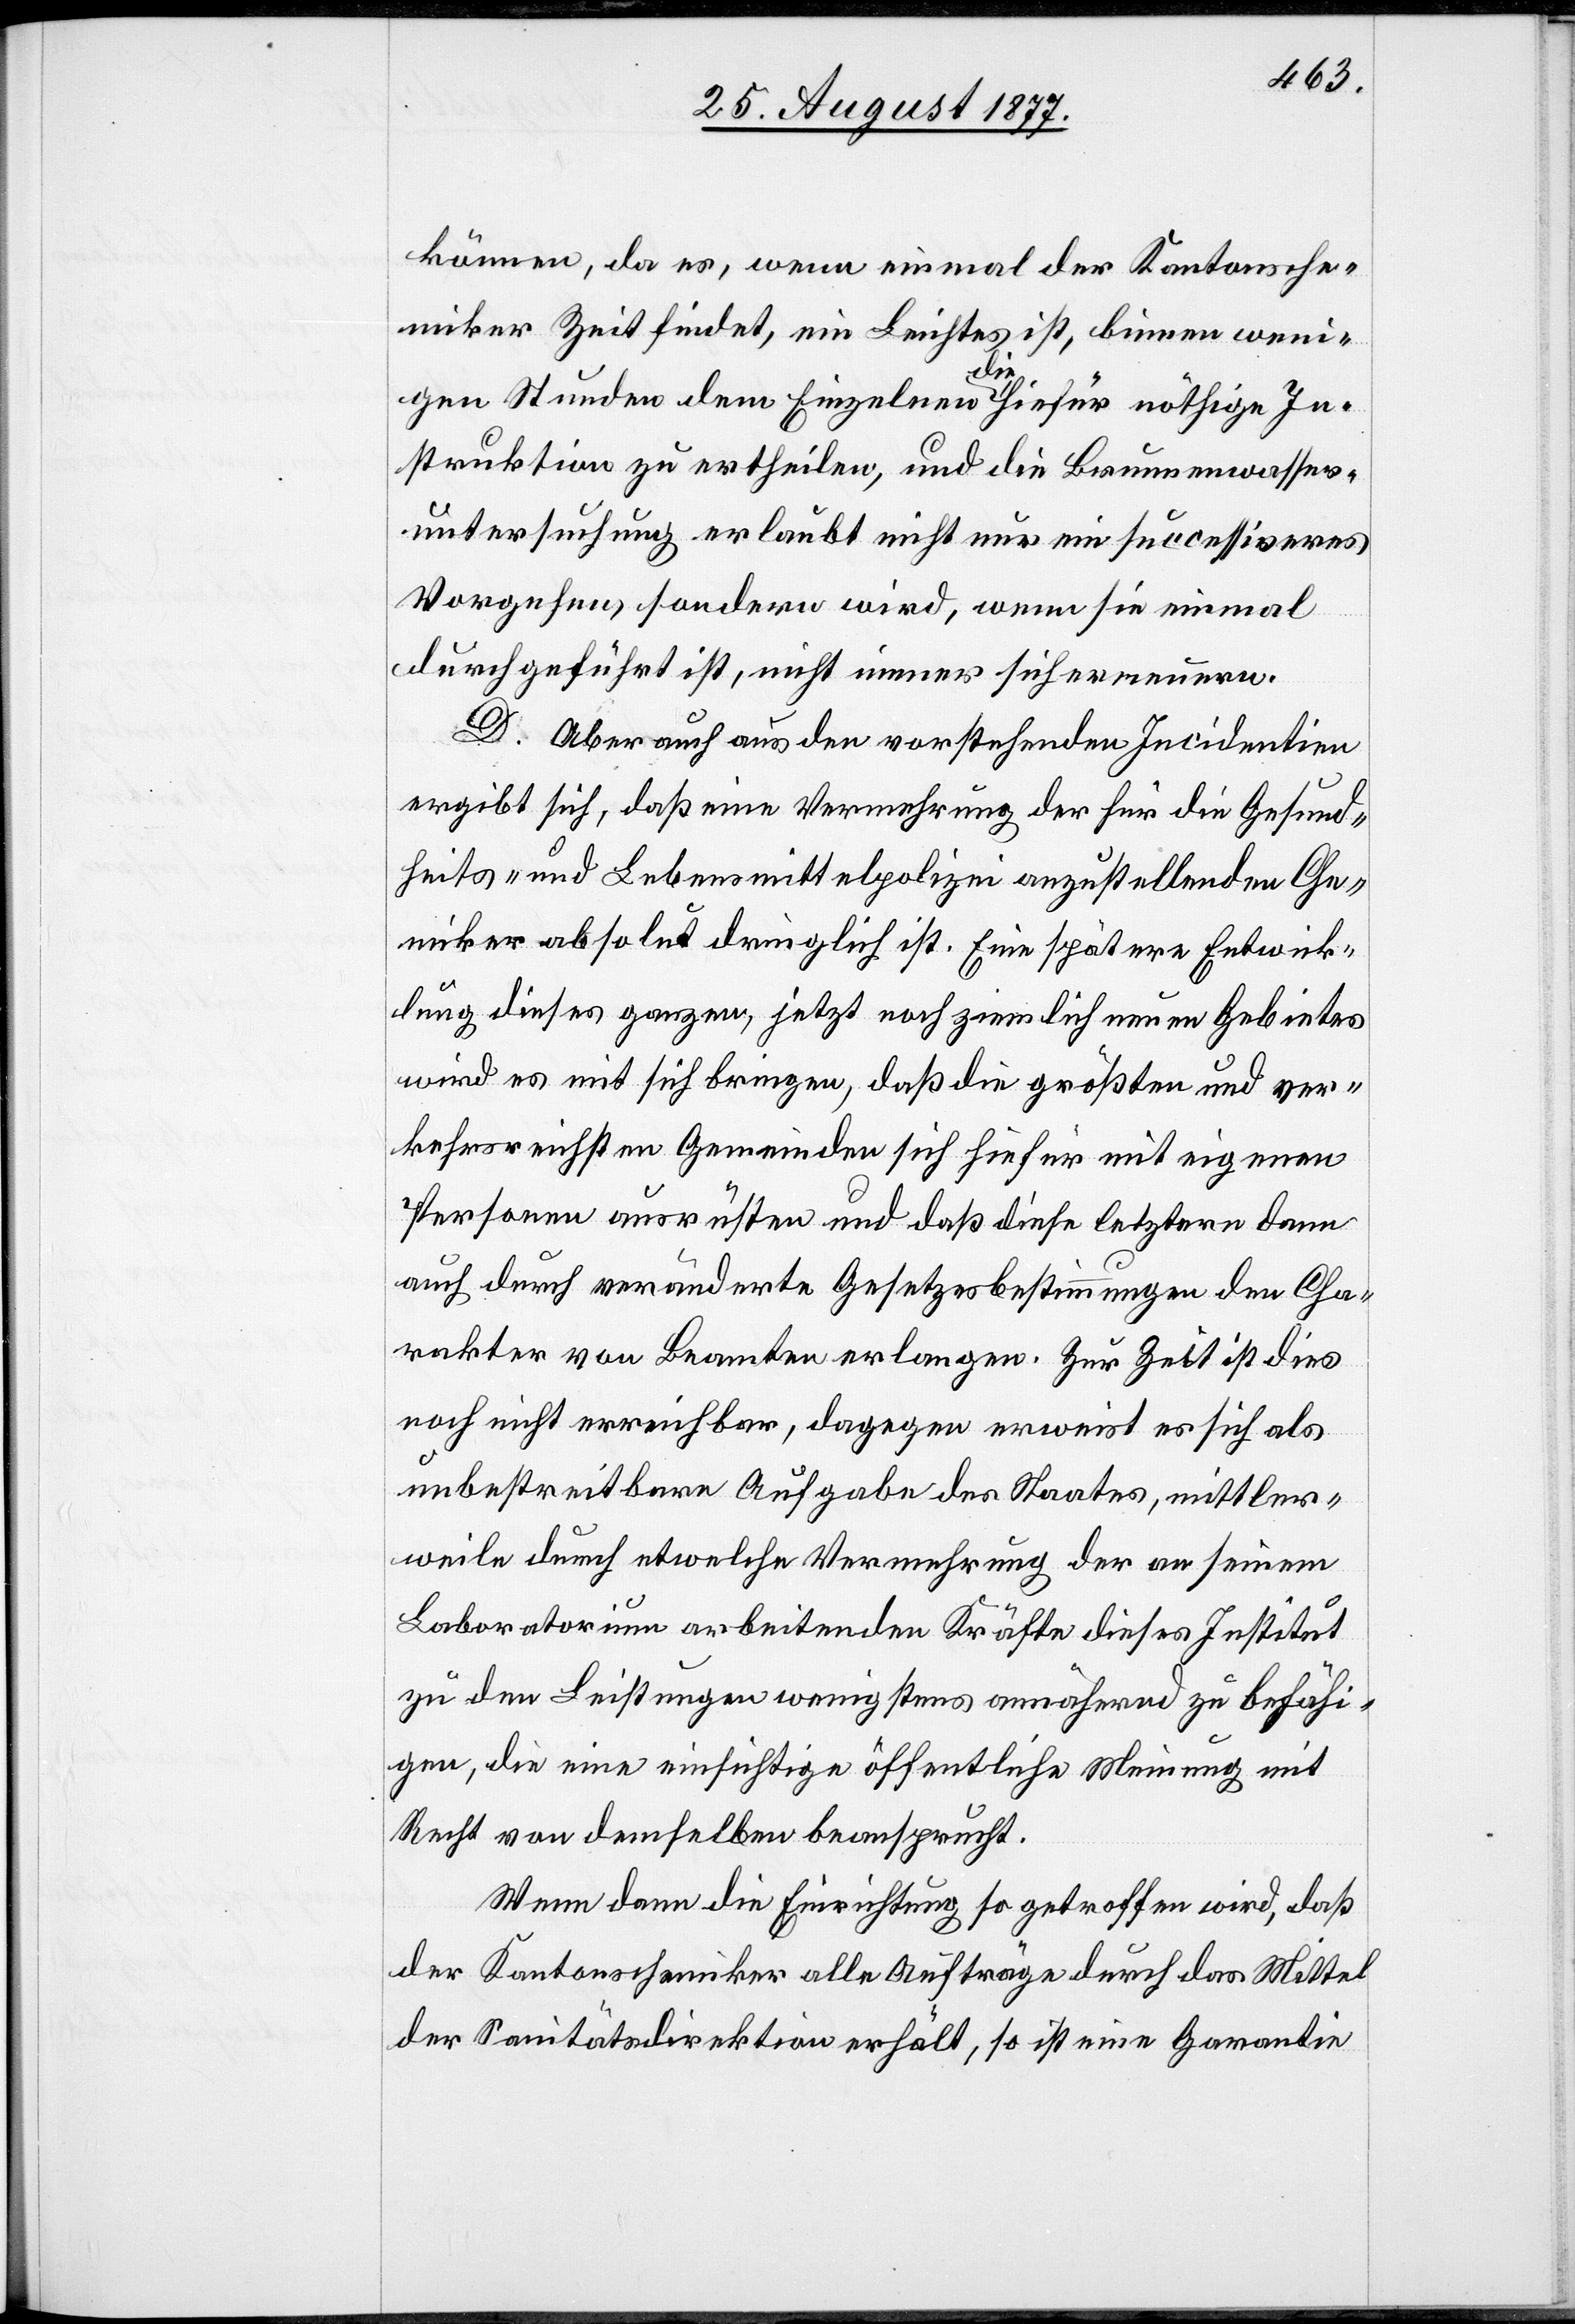
können, da es, wenn einmal der Kantonsche¬
miker Zeit findet, ein Leichtes ist, binnen weni¬
gen Stunden dem Einzelnen die hiefür nöthige In¬
struktion zu ertheilen, und die Brunnenwasser¬
untersuchung erlaubt nicht nur ein successiveres
Vorgehen, sondern wird, wenn sie einmal
durchgeführt ist, nicht immer sich erneuern.
D. Aber auch aus den vorstehenden Incidentien
ergibt sich, daß eine Vermehrung der für die Gesund¬
heits- und Lebensmittelpolizei anzustellenden Che¬
miker absolut dringlich ist. Eine spätere Entwick¬
lung dieses ganzen, jetzt noch ziemlich neuen Gebietes
wird es mit sich bringen, daß die größten und ver¬
kehrsreichsten Gemeinden sich hiefür mit eigenen
Personen ausrüsten und daß diese letztern dann
auch durch veränderte Gesetzesbestimmungen den Cha¬
rakter von Beamten erlangen. Zur Zeit ist dies
noch nicht erreichbar, dagegen erweist es sich als
unbestreitbare Aufgabe des Staates, mittler¬
weile durch etwelche Vermehrung der an seinem
Laboratorium arbeitenden Kräfte dieses Institut
zu den Leistungen wenigstens annähernd zu befähi¬
gen, die eine einsichtige öffentliche Meinung mit
Recht von demselben beansprucht.
Wenn dann die Einrichtung so getroffen wird, daß
der Kantonschemiker alle Aufträge durch das Mittel
der Sanitätsdirektion erhält, so ist eine Garantie